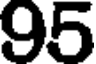
95